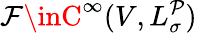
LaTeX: \mathcal{F}\inC^{\infty}(V,L_{\sigma}^{\mathcal{P}})